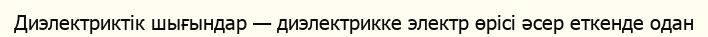
Диэлектриктік шығындар — диэлектрикке электр өрісі әсер еткенде одан